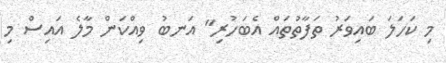
މި ކަހަލަ ބައިވަރު ތަފާތުތައް އެބަހުރި" އަނބު ވިއްކަން މާލެ އައިސް މި